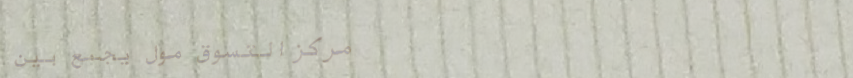
مركز التسوق مول يجمع بين